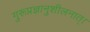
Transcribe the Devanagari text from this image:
गुरूप्रज्ञानुशीलनात्।